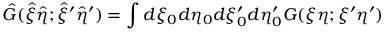
{ \hat { G } } ( { \hat { \xi } } { \hat { \eta } } ; { \hat { \xi } } ^ { \prime } { \hat { \eta } } ^ { \prime } ) = \int { d \xi _ { 0 } d \eta _ { 0 } d \xi _ { 0 } ^ { \prime } d \eta _ { 0 } ^ { \prime } } G ( \xi \eta ; \xi ^ { \prime } \eta ^ { \prime } )